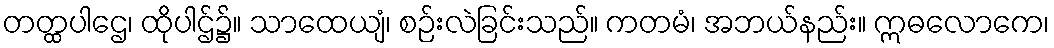
တတ္ထပါဌေ၊ ထိုပါဌ်၌။ သာထေယျံ၊ စဉ်းလဲခြင်းသည်။ ကတမံ၊ အဘယ်နည်း။ ဣဓလောကေ၊